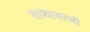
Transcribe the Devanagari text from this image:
तव्यावरची